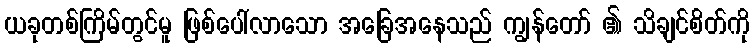
ယခုတစ်ကြိမ်တွင်မူ ဖြစ်ပေါ်လာသော အခြေအနေသည် ကျွန်တော် ၏ သိချင်စိတ်ကို